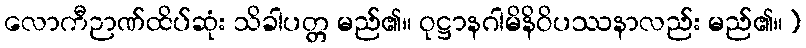
လောကီဉာဏ်ထိပ်ဆုံး သိခါပတ္တ မည်၏။ ဝုဋ္ဌာနဂါမိနိဝိပဿနာလည်း မည်၏။)